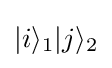
|i\rangle _{1}|j\rangle _{2}